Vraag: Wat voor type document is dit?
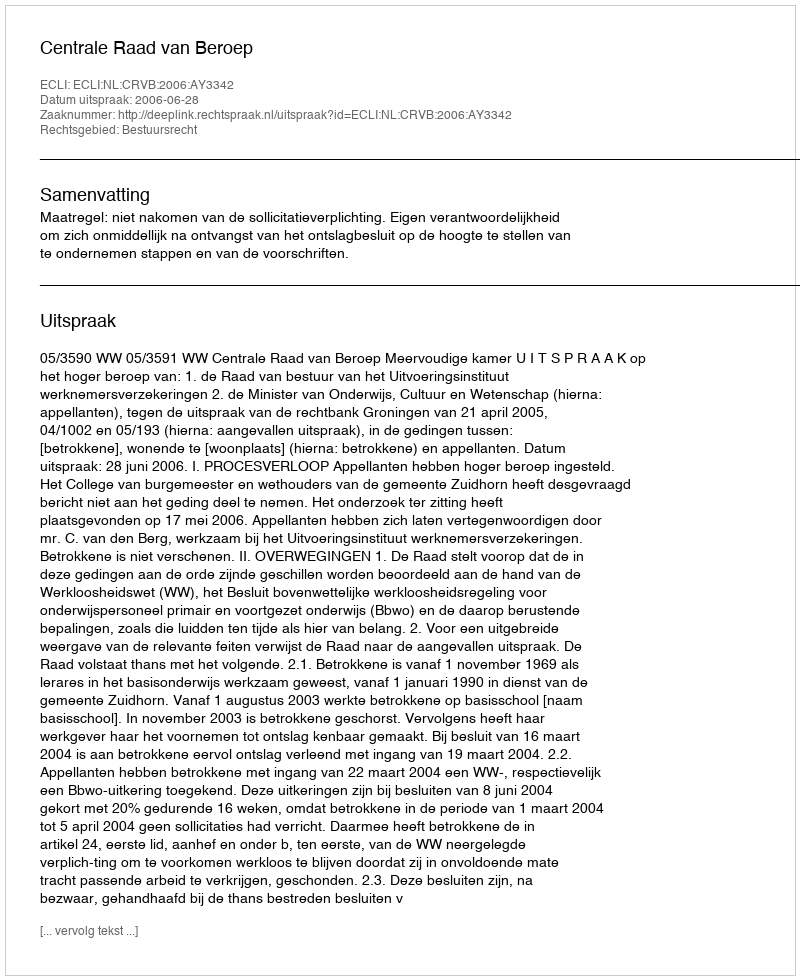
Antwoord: Uitspraak